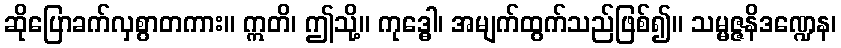
ဆိုပြောခက်လှစွာတကား။ ဣတိ၊ ဤသို့။ ကုဒ္ဓေါ၊ အမျက်ထွက်သည်ဖြစ်၍။ သမ္မဇ္ဇနိဒဏ္ဍေန၊